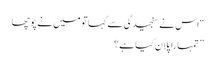
“اس نے سنجیدگی سے کہاتو میں نے پوچھا
” تمہارا پلان کیا ہے؟